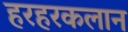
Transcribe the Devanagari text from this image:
हरहरकलान